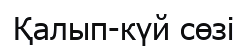
Қалып-күй сөзі